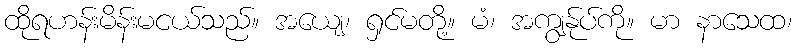
ထိုရဟန်းမိန်းမငယ်သည်။ အယျေ၊ ရှင်မတို့။ မံ၊ အကျွန်ုပ်ကို။ မာ နာသေထ၊